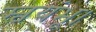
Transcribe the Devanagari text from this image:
स्वयंभू।